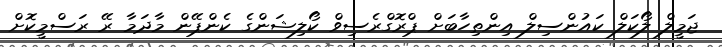
ޖަމީލް ލޯކަލް ކައުންސިލް އިންތިހާބަށް ޕްރޮގްރެސިވް ކޯލިޝަންގެ ކެންޕޭން މާދަމާ ރޭ ރަސްމީކޮށް